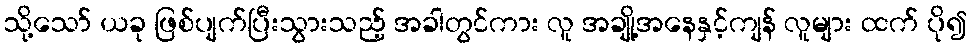
သို့သော် ယခု ဖြစ်ပျက်ပြီးသွားသည့် အခါတွင်ကား လူ အချို့အနေနှင့်ကျန် လူများ ထက် ပို၍